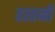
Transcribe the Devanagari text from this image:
हातमी